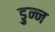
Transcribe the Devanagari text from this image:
डुन्न